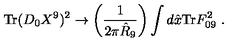
\mathrm { T r } ( D _ { 0 } X ^ { 9 } ) ^ { 2 } \rightarrow \left( \frac { 1 } { 2 \pi \hat { R } _ { 9 } } \right) \int d \hat { x } \mathrm { T r } F _ { 0 9 } ^ { 2 } \ .